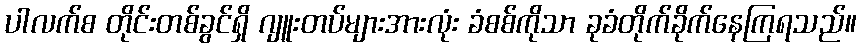
ပါလက်စ တိုင်းတစ်ခွင်ရှိ ဂျူးတပ်များအားလုံး ခံစစ်ကိုသာ ခုခံတိုက်ခိုက်နေကြရသည်။